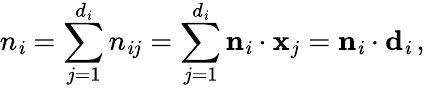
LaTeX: n_{\mathit{i}}=\sum_{j=1}^{d_{\mathit{i}}}n_{\mathit{i}j}=\sum_{j=1}^{d_{\mathit{i}}}{\mathbf{n}}_{\mathit{i}}\cdot{\mathbf{x}}_{j}={\mathbf{n}}_{\mathit{i}}\cdot{\mathbf{d}}_{\mathit{i}}\, ,